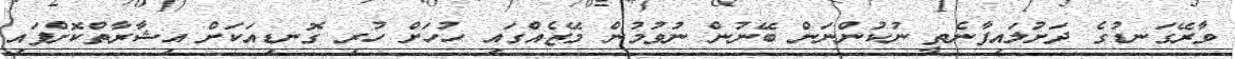
ވާރޭގަނޑުގެ ދަށުލައިފާނެތީ ނުކުންނަން ބޭނުން ނުވުމުން މޭޒެއްގައި ހުހަށް ހުރި ގޮނޑިއަކަށް އިޝާރާތްކޮށްފައި